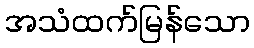
အသံထက်မြန်သော